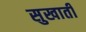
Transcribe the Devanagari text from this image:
सुखाती